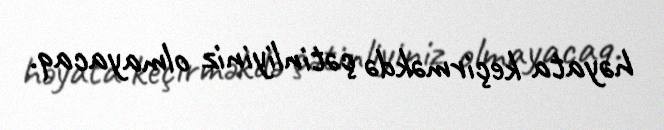
həyata keçirməkdə çətinliyiniz olmayacaq.